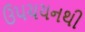
ઉપચયનથી